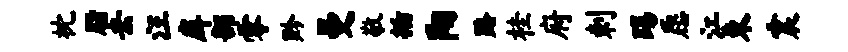
枕脂去汪戽部零黔曼敬插阳路桂府剌踢愿江束震